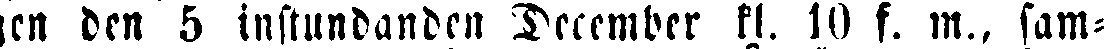
gen den 5 instundanden December kl. 10 f. m., sam-